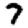
Digit: 7